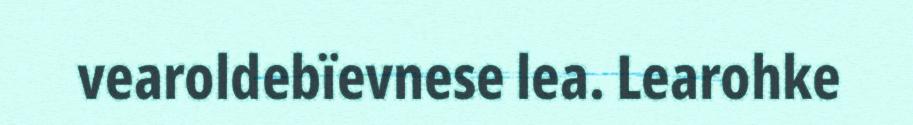
vearoldebïevnese lea. Learohke